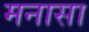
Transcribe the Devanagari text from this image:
मनासा